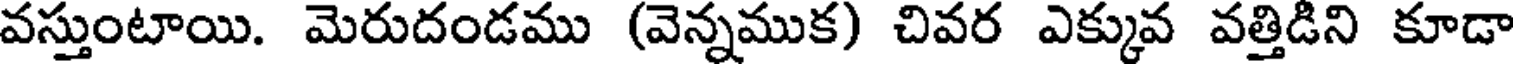
వస్తుంటాయి. మెరుదండము (వెన్నముక) చివర ఎక్కువ వత్తిడిని కూడా